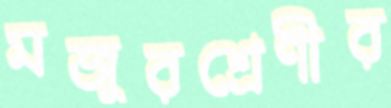
মজুরশ্রেণীর